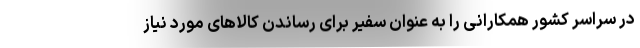
در سراسر کشور همکارانی را به عنوان سفیر برای رساندن کالاهای مورد نیاز